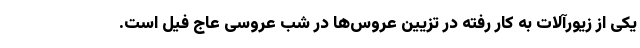
یکی از زیورآلات به کار رفته در تزیین عروس‌ها در شب عروسی عاج فیل است.